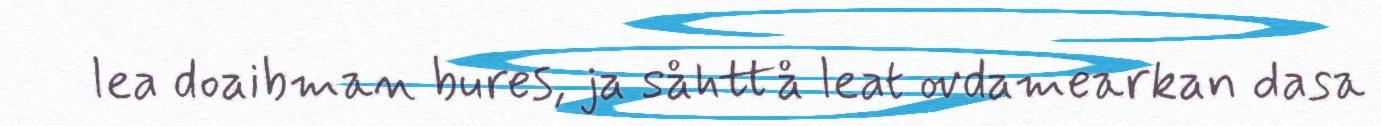
lea doaibman bures, ja såhttå leat ovdamearkan dasa